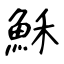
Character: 穌